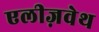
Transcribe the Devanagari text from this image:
एलीज़वेथ